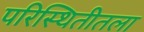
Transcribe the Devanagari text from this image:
परिस्थितीतला